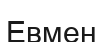
Евмен